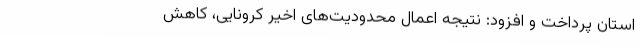
استان پرداخت و افزود: نتیجه اعمال محدودیت‌های اخیر کرونایی، کاهش